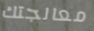
معالجتك